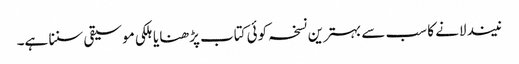
نیند لانے کا سب سے بہترین نسخہ کوئی کتاب پڑھنا یا ہلکی موسیقی سننا ہے۔